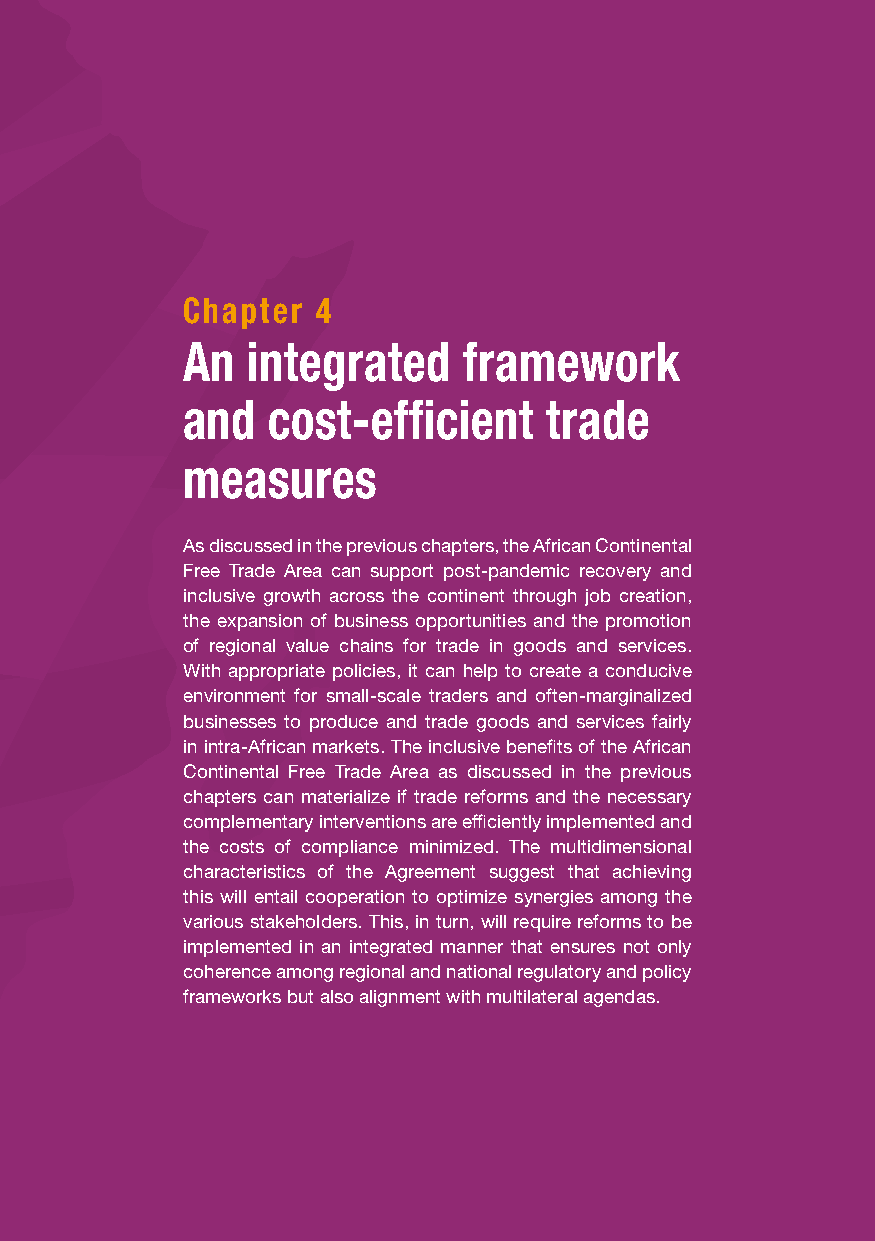
Chapter  4
 An  integrated     framework
 and   cost-efficient    trade
 measures
 As discussed in the previous chapters, the African Continental
 Free Trade Area can support post-pandemic recovery and
 inclusive growth across the continent through job creation,
 the expansion of business opportunities and the promotion
 of regional value chains for trade in goods and services.
 With appropriate policies, it can help to create a conducive
 environment for small-scale traders and often-marginalized
 businesses to produce and trade goods and services fairly
 in intra-African markets. The inclusive benefits of the African
 Continental Free Trade Area as discussed in the previous
 chapters can materialize if trade reforms and the necessary
 complementary interventions are efficiently implemented and
 the costs of compliance minimized. The multidimensional
 characteristics of the Agreement suggest that achieving
 this will entail cooperation to optimize synergies among the
 various stakeholders. This, in turn, will require reforms to be
 implemented in an integrated manner that ensures not only
 coherence among regional and national regulatory and policy
 frameworks but also alignment with multilateral agendas.